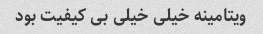
ویتامینه خیلی خیلی بی کیفیت بود